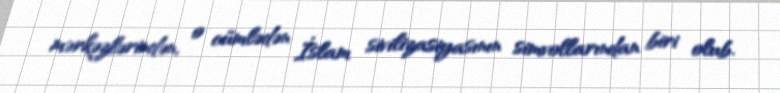
mərkəzlərindən, o cümlədən İslam sivilizasiyasının simvollarından biri olub.